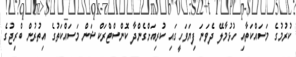
ކުރުމުގެ މަސައްކަތާއި ހުޅުމާލޭ ދެވަނަ ފިޔަވަހީގައި ކުރިއަށްގެންދާ ކޮންސްޓްރަކްޝަން މަސައްކަތުގެ އިތުރުން ބްރިޖުގެ